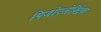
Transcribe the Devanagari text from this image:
पिजोएलेक्ट्रिक